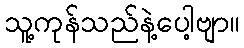
သူ့ကုန်သည်နဲ့ပေါ့ဗျာ။